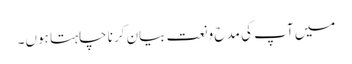
میں آپ کی مدح و نعت بیان کرنا چاہتا ہوں۔